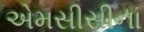
એમસીસીના